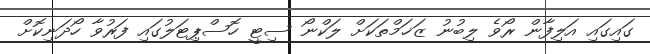
ގައިގައި އަލިފާން ރޯވެ ލިބުނު ޒަޚަމްތަކަށް ލަކްނޯ ސިޓީ ހޮސްޕިޓަލުގައި ފަރުވާ ހޯދަނިކޮށް